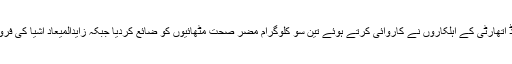
ترجمان کا یہ بھی کہنا تھا کہ کوہاٹ میں فوڈ اتھارٹی کے اہلکاروں نے کاروائی کرتے ہوئے تین سو کلوگرام مضر صحت مٹھائیوں کو ضائع کردیا جبکہ زایدالمیعاد اشیا کی فروخت پر دو جنرل سٹور کو تالے لگائے گئے۔